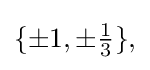
{\textstyle \{\pm 1,\pm {\frac {1}{3}}\},}